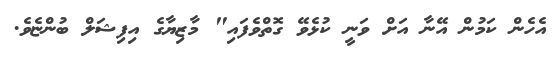
އެހެން ކަމުން އޭނާ އަށް ވަނީ ކުޅެވޭ ގޮތްވެފައި" މާޒިޔާގެ އިފިޝަލް ބުންޏެވެ.